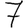
Digit: 7